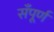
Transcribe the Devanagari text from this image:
सँपूर्ण